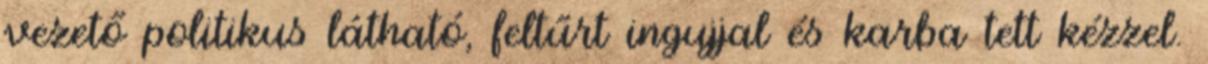
vezető politikus látható, feltűrt ingujjal és karba tett kézzel.